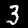
Label: 3